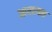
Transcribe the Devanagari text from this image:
आरएक्स